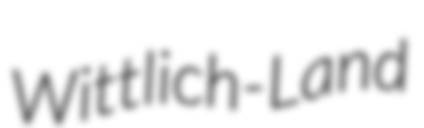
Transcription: Wittlich-Land